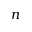
n